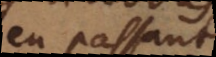
en passant